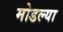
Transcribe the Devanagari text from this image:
मोडल्या